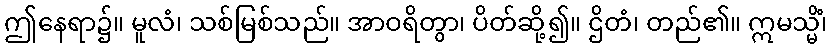
ဤနေရာ၌။ မူလံ၊ သစ်မြစ်သည်။ အာဝရိတွာ၊ ပိတ်ဆို့၍။ ဌိတံ၊ တည်၏။ ဣမသ္မိံ၊